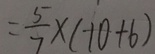
= \frac { 5 } { 7 } \times ( 1 0 + 6 )